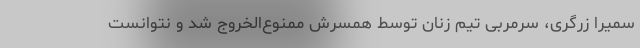
سمیرا زرگری، سرمربی تیم زنان توسط همسرش ممنوع‌الخروج شد و نتوانست